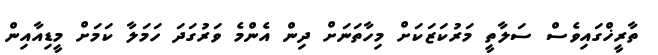
ތާރީޚްގައިވެސް ސަލާތީ މަރުކަޒަކަށް މިހާތަނަށް ދިން އެންމެ ވަރުގަދަ ހަމަލާ ކަމަށް މީޑިއާއިން